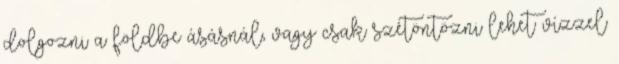
dolgozni a földbe ásásnál, vagy csak szétöntözni lehet vízzel